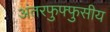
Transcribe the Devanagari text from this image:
अंतरफुफ्फुसीय